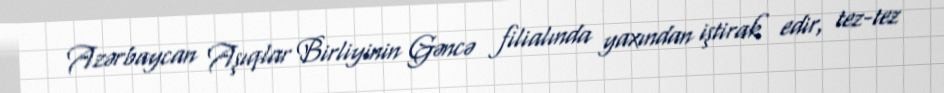
Azərbaycan Aşıqlar Birliyinin Gəncə filialında yaxından iştirak edir, tez-tez